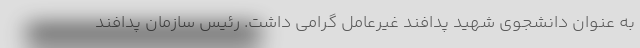
به عنوان دانشجوی شهید پدافند غیرعامل گرامی داشت. رئیس سازمان پدافند